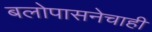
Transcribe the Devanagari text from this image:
बलोपासनेचाही